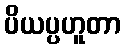
ပိယပ္ပဟူတာ